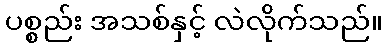
ပစ္စည်း အသစ်နှင့် လဲလိုက်သည်။